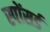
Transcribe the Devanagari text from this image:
स्पोंसर्ड